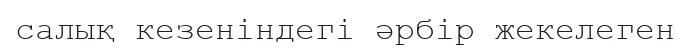
салық кезеніндегі әрбір жекелеген